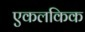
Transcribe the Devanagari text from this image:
एकलकिक